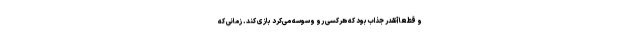
و قطعا آنقدر جذاب بود که هرکسی رو وسوسه می‌کرد بازی کند. زمانی که